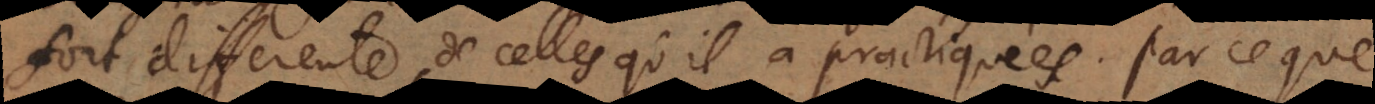
fort differente, de celles qu’il a practiquées. Parce que